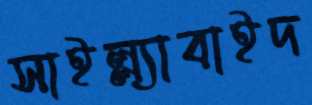
সাইল্ল্যাবাইদ